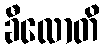
ခီလောတိ